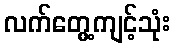
လက်တွေ့ကျင့်သုံး